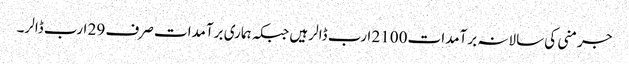
جرمنی کی سالانہ برآمدات 2100 ارب ڈالر ہیں جبکہ ہماری برآمدات صرف 29 ارب ڈالر۔